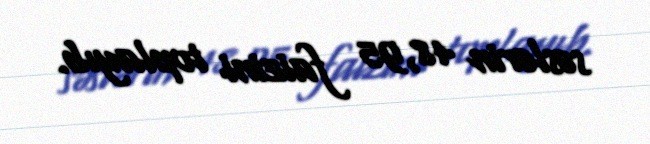
səslərin 48,95 faizini toplayıb.